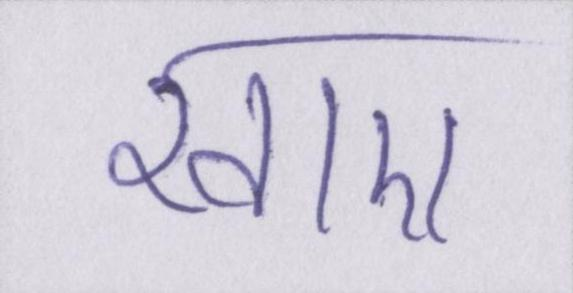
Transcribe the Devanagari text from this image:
खाए